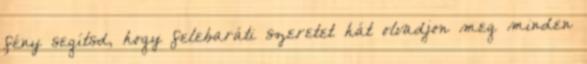
fény segítsd, hogy felebaráti szeretet hát olvadjon meg minden